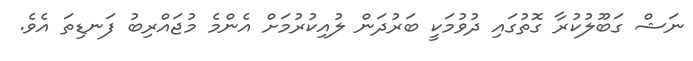
ނަޝް ގަބޫލުކުރާ ގޮތުގައި ދުވުމަކީ ބަރުދަން ލުއިކުރުމަށް އެންމެ މުޖައްރިބު ފަނޑިތަ އެވެ.